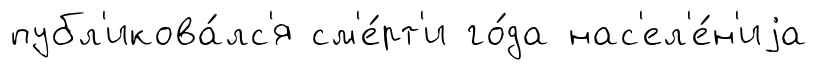
публ'икова́лс'я см'е́рт'и го́да нас'ел'е́н'иjа